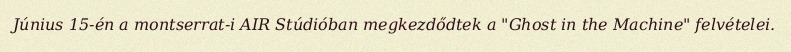
Június 15-én a montserrat-i AIR Stúdióban megkezdődtek a "Ghost in the Machine" felvételei.